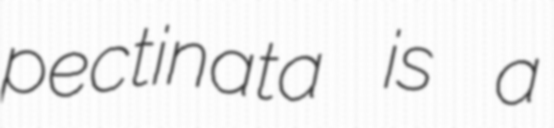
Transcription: pectinata is a